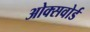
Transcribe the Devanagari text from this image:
ओक्सवोर्ड